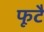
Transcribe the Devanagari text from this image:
फूटै